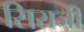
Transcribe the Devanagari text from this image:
सिराजी